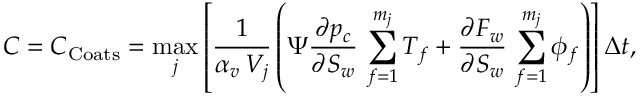
C = C _ { \mathrm { C o a t s } } = \operatorname* { m a x } _ { j } \left[ \frac { 1 } { \alpha _ { v } \, V _ { j } } \left( \Psi \frac { \partial p _ { c } } { \partial S _ { w } } \, \sum _ { f = 1 } ^ { m _ { j } } T _ { f } + \frac { \partial F _ { w } } { \partial S _ { w } } \, \sum _ { f = 1 } ^ { m _ { j } } \phi _ { f } \right) \right] \Delta t ,